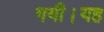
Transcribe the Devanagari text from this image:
गयी।यह